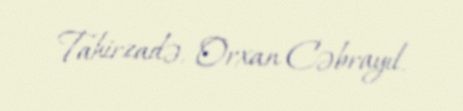
Tahirzadə, Orxan Cəbrayıl.